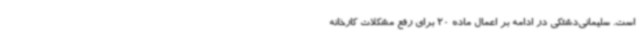
است. سلیمانی‌دشتکی در ادامه بر اعمال ماده 20 برای رفع مشکلات کارخانه